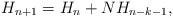
LaTeX: \begin{align*} H_{n+1} = H_n + NH_{n-k-1},\end{align*}